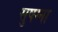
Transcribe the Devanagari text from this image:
सुषम्ना